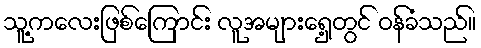
သူ့ကလေးဖြစ်ကြောင်း လူအများရှေ့တွင် ဝန်ခံသည်။